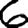
Digit: 6